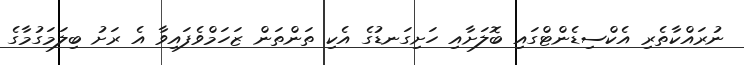
ނުރައްކާތެރި އެކްސިޑެންޓްގައި ބޮލަށާއި ހަށިގަނޑުގެ އެކި ތަންތަން ޒަހަމްވެފައިވާ އެ ރަށު ބިލަމަގުމާގެ